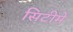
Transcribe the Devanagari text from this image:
सिटीमें